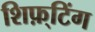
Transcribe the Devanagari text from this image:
शिफ़्टिंग